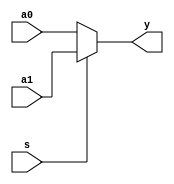
module mux2x5(a0, a1, s, y);
  input [4:0] a0, a1;
  input s;
  output [4:0] y;
  assign y = s ? a1 : a0;
endmodule

module mux2x16(a0, a1, s, y);
  input [15:0] a0, a1;
  input s;
  output [15:0] y;
  assign y = s ? a1 : a0;
endmodule

module mux2x32(a0, a1, s, y);
  input [31:0] a0, a1;
  input s;
  output [31:0] y;
  assign y = s ? a1 : a0;
endmodule

module mux4x32(a0, a1, a2, a3, s, y);
  input [31:0] a0, a1, a2, a3;
  input [1:0] s;
  output [31:0] y;
  
  function [31:0] select;
    input [31:0] a0, a1, a2, a3;
     input [1:0] s;
     case(s)
       2'b00: select = a0;
       2'b01: select = a1; 
       2'b10: select = a2;
       2'b11: select = a3;
     endcase
  endfunction
  assign y = select(a0, a1, a2, a3, s);
endmodule